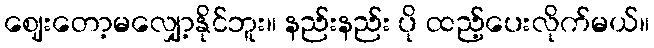
ဈေးတော့မလျှော့နိုင်ဘူး။ နည်းနည်း ပို ထည့်ပေးလိုက်မယ်။